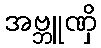
အဗ္ဘူဏှိ